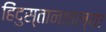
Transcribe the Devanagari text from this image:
हिंदुस्तानातल्या